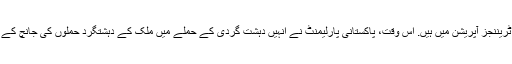
جنوری 2015 کے بعد فوجی ٹریننجز آپریشن میں ہیں. اس وقت، پاکستانی پارلیمنٹ نے انہیں دہشت گردی کے حملے میں ملک کے دہشتگرد حملوں کی جانچ کے لئے دو سال تک اختیار کیا تھا۔